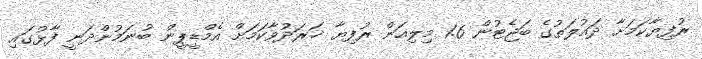
ރުފިޔާކަމަށާ ދައުލަތުގެ ބަޖެޓުން 1.6 މިލިއަން ރުފިޔާ ޚަރަދުވާކަމަށް އެމްޑީޕީން ބުނަމުންދަނީ ފާޅުގައި